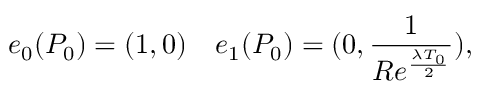
e _ { 0 } ( P _ { 0 } ) = ( 1 , 0 ) \ \ \ e _ { 1 } ( P _ { 0 } ) = ( 0 , \frac { 1 } { R e ^ { \frac { \lambda T _ { 0 } } { 2 } } } ) ,